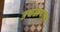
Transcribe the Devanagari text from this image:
उघडायला